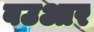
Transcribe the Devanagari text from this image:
बउआर